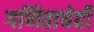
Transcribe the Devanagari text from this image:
गणिताचेही